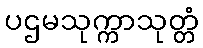
ပဌမသုက္ကာသုတ္တံ